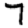
Digit: 7